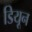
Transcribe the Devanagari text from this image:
डियून